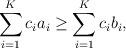
LaTeX: \begin{align*}\sum_{i=1}^Kc_ia_i\geq \sum_{i=1}^{K}c_ib_i,\end{align*}